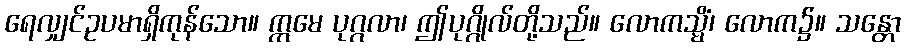
ရေလျှင်ဥပမာရှိကုန်သော။ ဣမေ ပုဂ္ဂလာ၊ ဤပုဂ္ဂိုလ်တို့သည်။ လောကသ္မိံ၊ လောက၌။ သန္တော